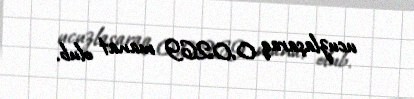
ucuzlaşaraq 0,0269 manat olub.